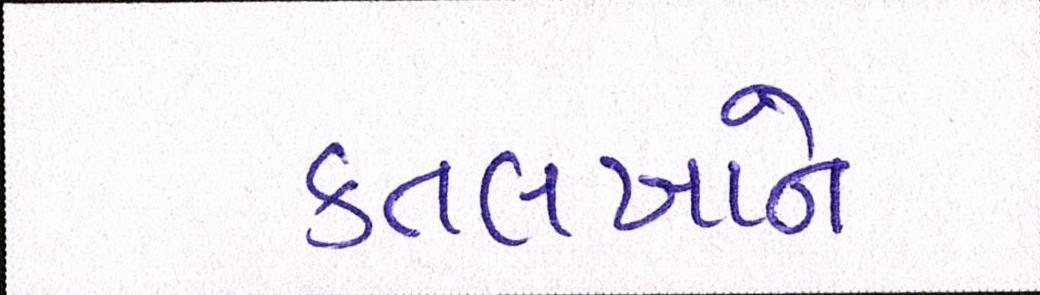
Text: કતલખાને